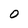
Character: O